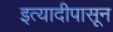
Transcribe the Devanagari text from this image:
इत्यादीपासून